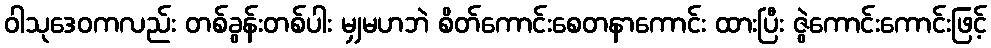
ဝါသုဒေဝကလည်း တစ်ခွန်းတစ်ပါး မျှမဟဘဲ စိတ်ကောင်းစေတနာကောင်း ထားပြီး ဇွဲကောင်းကောင်းဖြင့်